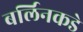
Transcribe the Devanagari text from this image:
बर्लिनकडे